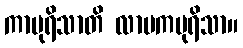
ကာပုရိသာတိ လာမကပုရိသာ။